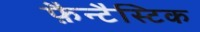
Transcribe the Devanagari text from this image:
फ़ैन्टैस्टिक